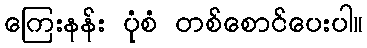
ကြေးနန်း ပုံစံ တစ်စောင်ပေးပါ။